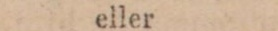
eller